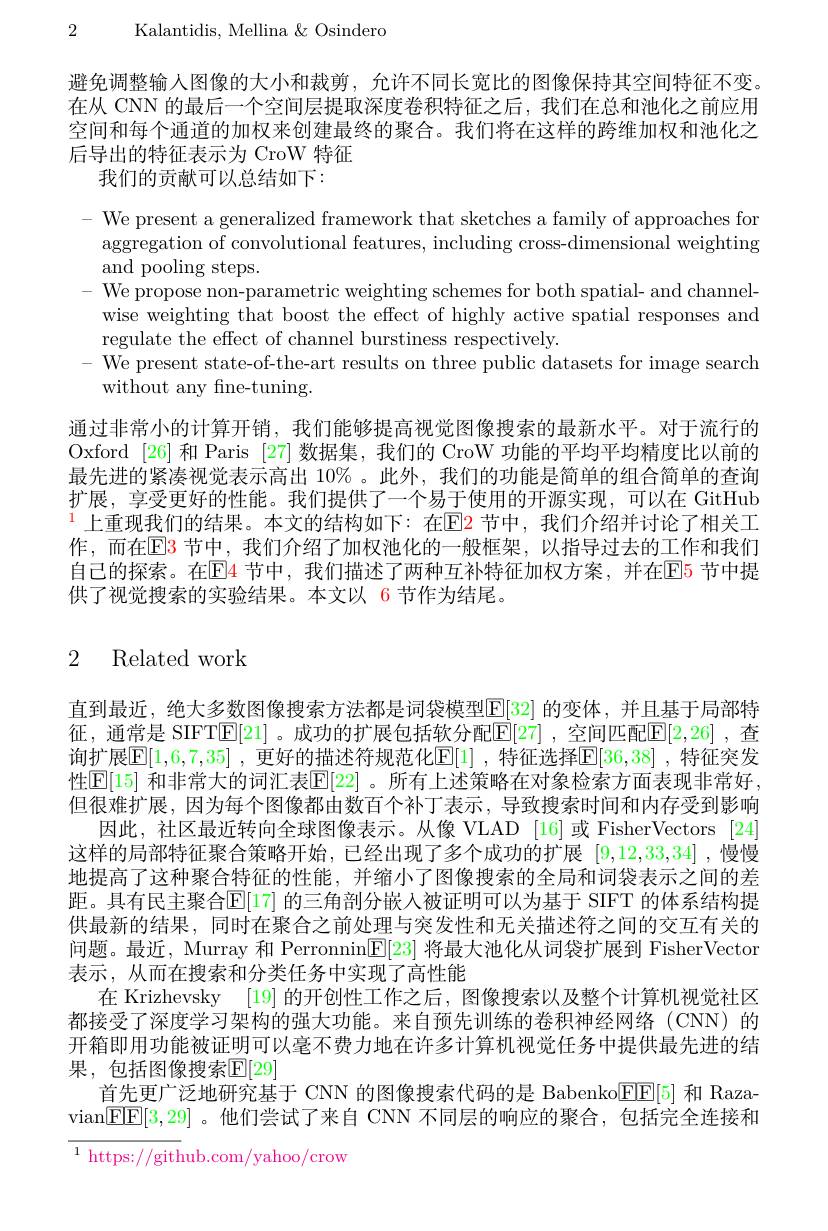
2 Kalantidis, Mellina & Osindero

避免调整输入图像的大小和裁剪，允许不同长宽比的图像保持其空间特征不变。在从 CNN 的最后一个空间层提取深度卷积特征之后，我们在总和池化之前应用空间和每个通道的加权来创建最终的聚合。我们将在这样的跨维加权和池化之后导出的特征表示为 CroW 特征
我们的贡献可以总结如下：

- We present a generalized framework that sketches a family of approaches for aggregation of convolutional features, including cross-dimensional weighting and pooling steps.
- We propose non-parametric weighting schemes for both spatial- and channel-
wise weighting that boost the effect of highly active spatial responses and
regulate the effect of channel burstiness respectively.
- We present state-of-the-art results on three public datasets for image search
without any fine-tuning.
通过非常小的计算开销，我们能够提高视觉图像搜索的最新水平。对于流行的Oxford [26]和 Paris [27] 数据集，我们的 CroW 功能的平均平均精度比以前的最先进的紧凑视觉表示高出$10\%$ 。此外，我们的功能是简单的组合简单的查询扩展，享受更好的性能。我们提供了一个易于使用的开源实现，可以在 GitHub $^{1}$上重现我们的结果。本文的结构如下：在IEl2 节中，我们介绍并讨论了相关工作，而在$\color{red}{\mathrm{E3}}$节中，我们介绍了加权池化的一般框架，以指导过去的工作和我们， 自己的探索。在$\color{red}{\mathrm{E}}\color{red}{\mathrm{4}}$节中，我们描述了两种互补特征加权方案，并在$\color{red}{\mathrm{E}}\color{red}{\mathrm{5}}$节中提供了视觉搜索的实验结果。本文以 6 节作为结尾。

# 2 Related work

直到最近，绝大多数图像搜索方法都是词袋模型$\mathbb{E}[32]$ 的变体，并且基于局部特征，通常是 SIFT$\mathbb{E}[21]$。成功的扩展包括软分配$\mathbb{E}[27]$ ,空间匹配$\mathbb{E}[2,26]$ ,查询扩展$\mathbb{E}[1,6,7,35]$ ,更好的描述符规范化$[\mathbb{E}[1]$ ,特征选择$\mathbb{E}[36,38]$ ,特征突发性[E]15] 和非常大的词汇表$\mathbb{E}[22]$ 。所有上述策略在对象检索方面表现非常好但很难扩展，因为每个图像都由数百个补丁表示，导致搜索时间和内存受到影响
因此，社区最近转向全球图像表示。从像 VLAD [16]或 FisherVectors [24] 这样的局部特征聚合策略开始，已经出现了多个成功的扩展[9,12,33,34] ,慢慢地提高了这种聚合特征的性能，并缩小了图像搜索的全局和词袋表示之间的差距。具有民主聚合$\mathbb{E}[17]$ 的三角剖分嵌入被证明可以为基于 SIFT 的体系结构提供最新的结果，同时在聚合之前处理与突发性和无关描述符之间的交互有关的问题。最近，Murray 和 Perronnin$\mathbb{E}[23]$将最大池化从词袋扩展到 FisherVector 表示，从而在搜索和分类任务中实现了高性能
在 Krizhevsky [19] 的开创性工作之后，图像搜索以及整个计算机视觉社区都接受了深度学习架构的强大功能。来自预先训练的卷积神经网络(CNN)的开箱即用功能被证明可以毫不费力地在许多计算机视觉任务中提供最先进的结果，包括图像搜索$\mathbb{E}[29]$
首先更广泛地研究基于 CNN 的图像搜索代码的是 Babenko$\boxed{\mathrm{F}}\boxed{\mathrm{F}}[5]$和 Razavian$\boxed{\mathrm{F}}\boxed{\mathrm{F}}[3,29]$ 。他们尝试了来自 CNN 不同层的响应的聚合，包括完全连接和

$^{1}$ https://github.com/yahoo/crow